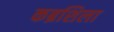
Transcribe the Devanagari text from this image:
कब्रशिला